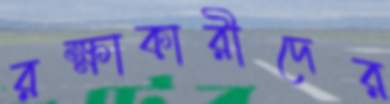
রক্ষাকারীদের